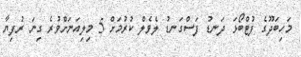
މަހިބަދޫގެ ފުޓްބޯޅަ ދަނޑު ފަސްގަނޑު ލެވެލް ކުރުމަށް 5 މިލިއަނަށްވުރެ ގިނަ ރުފިޔާ